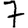
Digit: 7